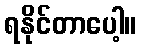
ရနိုင်တာပေါ့။